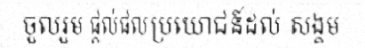
ចួលរួម ផ្តល់ផលប្រយោជន៍ដល់ សង្គម